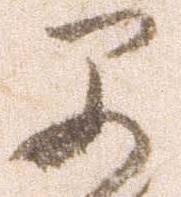
早